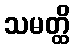
သမတ္ထိ